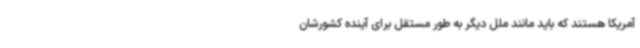
آمریکا هستند که باید مانند ملل دیگر به طور مستقل برای آینده کشورشان